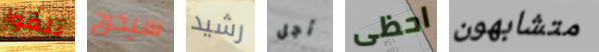
تلقوا سيخرج رشيد أجل احظى متشابهون